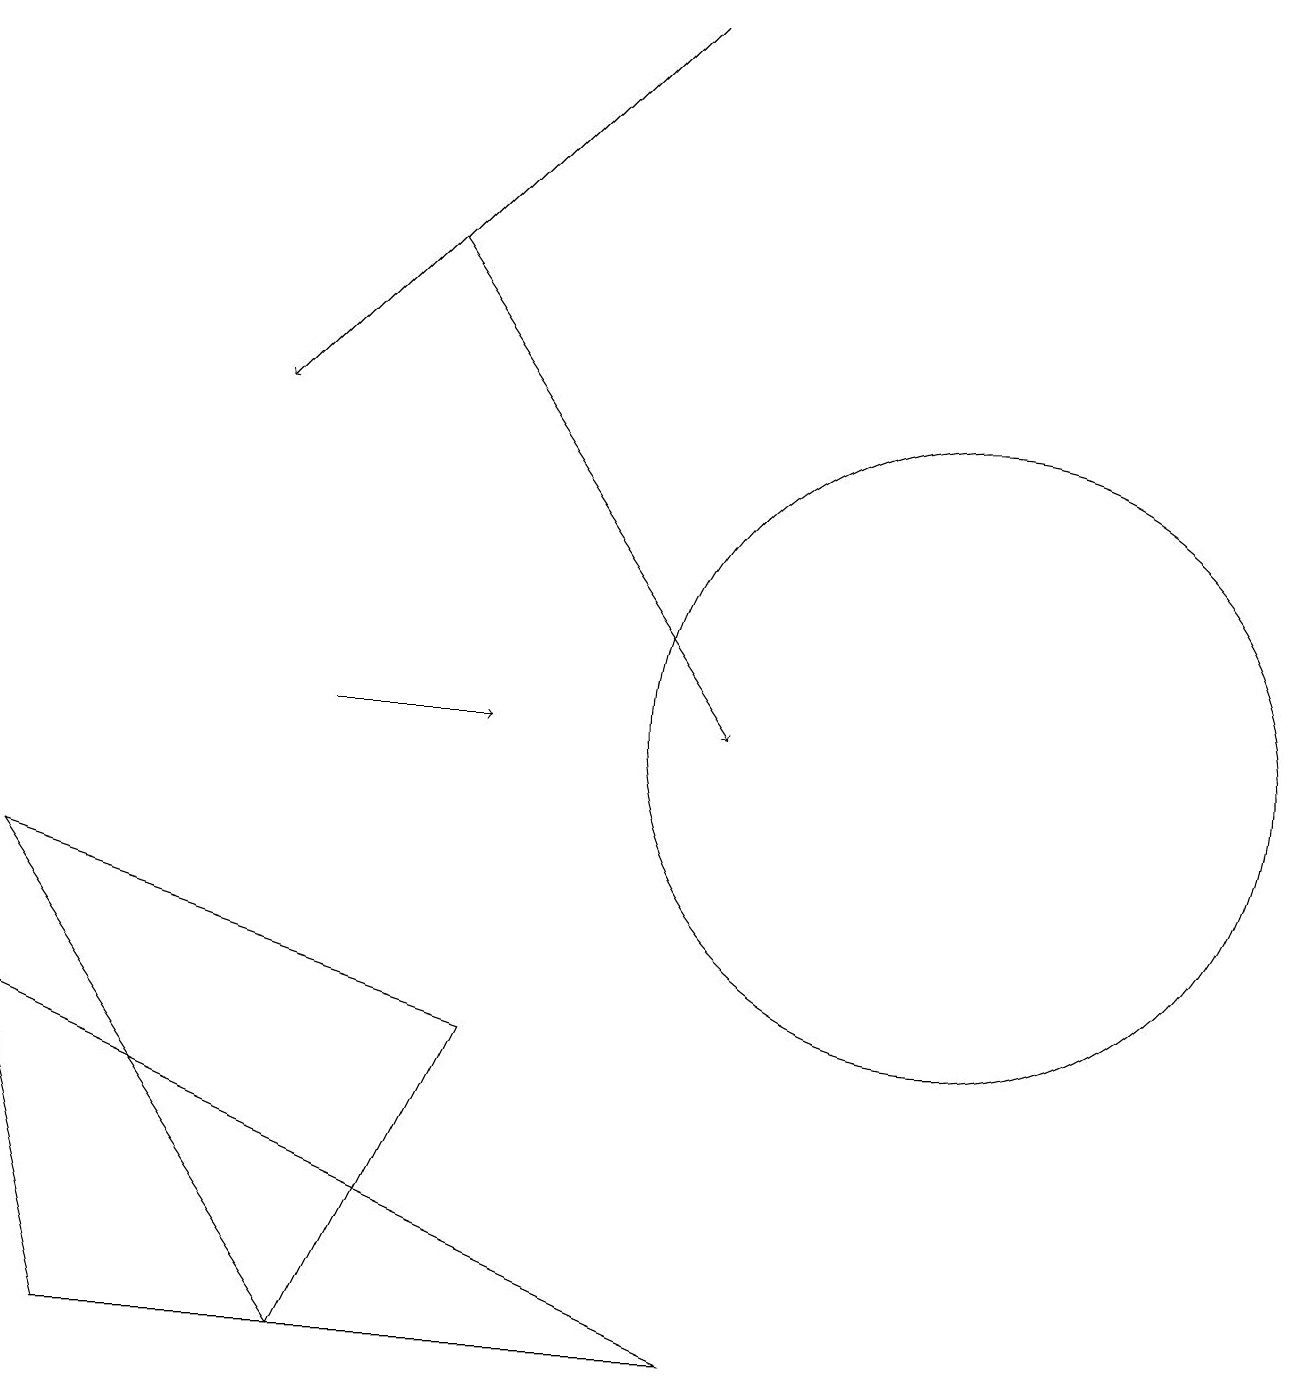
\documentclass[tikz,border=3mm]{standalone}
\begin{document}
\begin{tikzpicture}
\draw[->] (8,19) -- (3,14);
\draw[->] (5,16) -- (9,10);
\draw (4,2) -- (6,6) -- (0,8) -- cycle;
\draw[->] (4,10) -- (6,10);
\draw (1,2) -- (9,2) -- (0,6) -- cycle;
\draw (12,10) circle (4);
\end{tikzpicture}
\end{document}